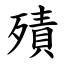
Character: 㱴